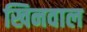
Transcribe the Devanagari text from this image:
खिनवाल